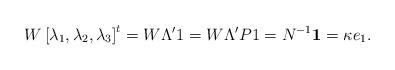
LaTeX: \begin{align*}W\left[ \lambda_{1},\lambda_{2},\lambda_{3}\right] ^{t}=W\Lambda' 1=W\Lambda' P1=N^{-1}\boldsymbol{1}=\kappa e_{1}.\end{align*}